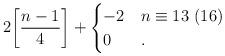
LaTeX: \begin{align*}2\biggl[\frac{n-1}4\biggr]+\begin{cases}-2&n\equiv13\ (16)\\ 0&.\end{cases}\end{align*}